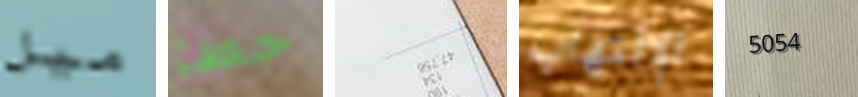
ميل خطأ أعاقب الإلتهاب 5054